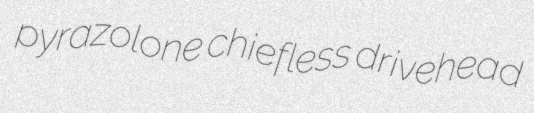
pyrazolone chiefless drivehead